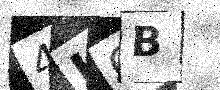
Text: 4LCB